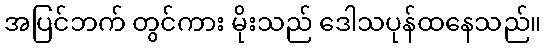
အပြင်ဘက် တွင်ကား မိုးသည် ဒေါသပုန်ထနေသည်။